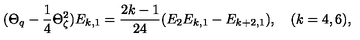
( \Theta _ { q } - \frac { 1 } { 4 } \Theta _ { \zeta } ^ { 2 } ) E _ { k , 1 } = \frac { 2 k - 1 } { 2 4 } ( E _ { 2 } E _ { k , 1 } - E _ { k + 2 , 1 } ) , \quad ( k = 4 , 6 ) ,